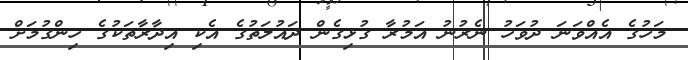
މަހުގެ އެއްވަނަ ދުވަހު ނެރުނު އަމުރާ ގުޅިގެން ދައުލަތުގެ އެކި އިދާރާތަކުގެ ހިންގުމަށް